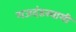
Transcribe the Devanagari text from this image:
गजदंडस्वामी